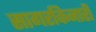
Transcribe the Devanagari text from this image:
सागरकिनारी